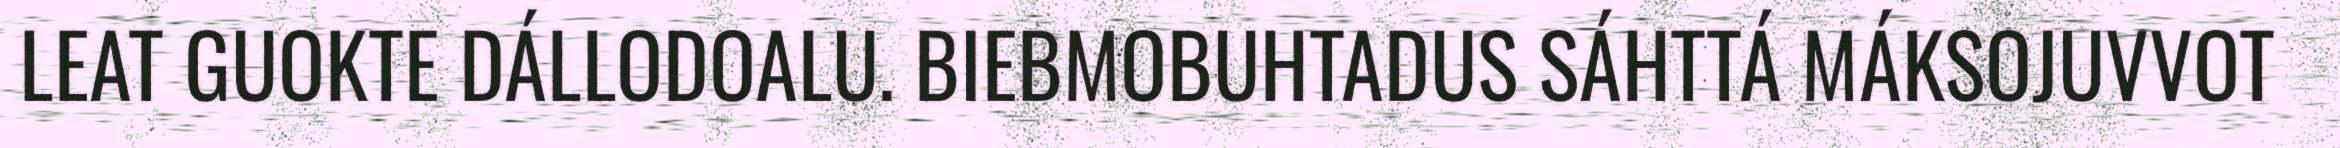
LEAT GUOKTE DÁLLODOALU. BIEBMOBUHTADUS SÁHTTÁ MÁKSOJUVVOT